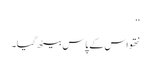
‘‘
نتھو اس کے پاس بیٹھ گیا۔